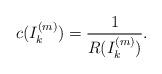
LaTeX: \begin{align*}c(I_{k}^{(m)})=\frac{1}{R(I_{k}^{(m)})}.\end{align*}